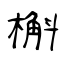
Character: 槲